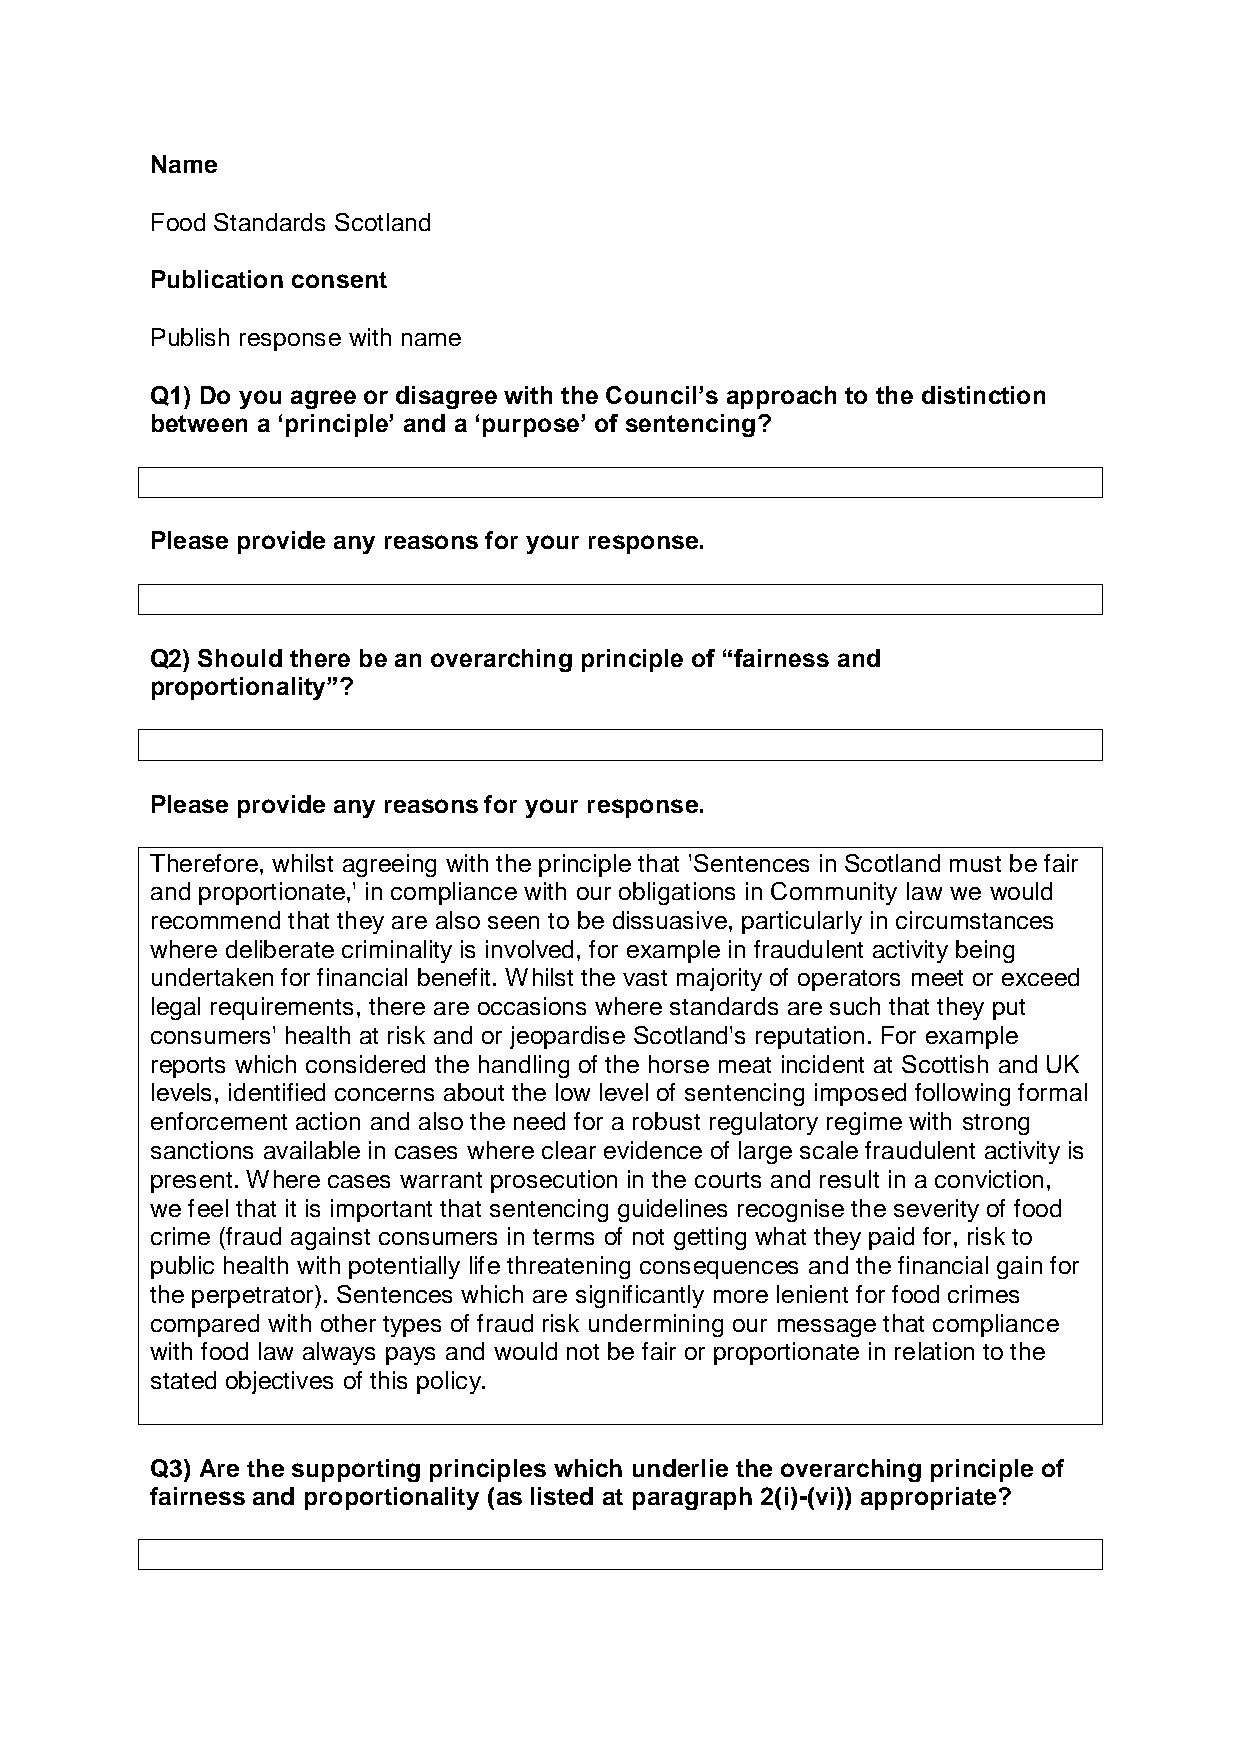
Name
 Food Standards Scotland
 Publication consent
 Publish response with name
 Q1) Do you agree or disagree with the Council’s approach to the distinction
 between a ‘principle’ and a ‘purpose’ of sentencing?
 Please provide any reasons for your response.
 Q2) Should there be an overarching principle of “fairness and
 proportionality”?
 Please provide any reasons for your response.
 Therefore, whilst agreeing with the principle that 'Sentences in Scotland must be fair
 and proportionate,' in compliance with our obligations in Community law we would
 recommend that they are also seen to be dissuasive, particularly in circumstances
 where deliberate criminality is involved, for example in fraudulent activity being
 undertaken for financial benefit. Whilst the vast majority of operators meet or exceed
 legal requirements, there are occasions where standards are such that they put
 consumers' health at risk and or jeopardise Scotland's reputation. For example
 reports which considered the handling of the horse meat incident at Scottish and UK
 levels, identified concerns about the low level of sentencing imposed following formal
 enforcement action and also the need for a robust regulatory regime with strong
 sanctions available in cases where clear evidence of large scale fraudulent activity is
 present. Where cases warrant prosecution in the courts and result in a conviction,
 we feel that it is important that sentencing guidelines recognise the severity of food
 crime (fraud against consumers in terms of not getting what they paid for, risk to
 public health with potentially life threatening consequences and the financial gain for
 the perpetrator). Sentences which are significantly more lenient for food crimes
 compared with other types of fraud risk undermining our message that compliance
 with food law always pays and would not be fair or proportionate in relation to the
 stated objectives of this policy.
 Q3) Are the supporting principles which underlie the overarching principle of
 fairness and proportionality (as listed at paragraph 2(i)-(vi)) appropriate?